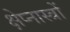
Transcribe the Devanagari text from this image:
क्षेप्नास्त्रों